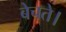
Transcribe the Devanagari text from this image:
बेचते।